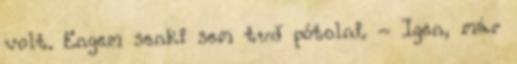
volt. Engem senki sem tud pótolni. - Igen, már